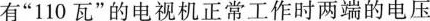
有”110瓦”的电视机正常工作时两端的电压